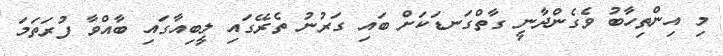
މި އިންތިހާބު ވެގެންދާނީ ގާތްގަނޑަކަށް ބައި ގަރުނު ތެރޭގައި ލީބިއާގައި ބާއްވާ ފުރަތަމަ